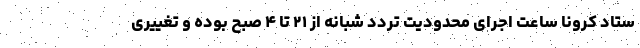
ستاد کرونا ساعت اجرای محدودیت تردد شبانه از ۲۱ تا ۴ صبح بوده و تغییری